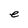
Character: e